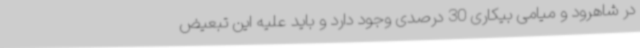
در شاهرود و میامی بیکاری 30 درصدی وجود دارد و باید علیه این تبعیض